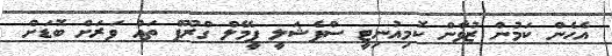
އެހެން ކަމުން ޒުވާން ކޮމިއުނިޓީ ސްޕެޝަލީ ފީމޭލް ގްރޫޕް ތައް ވަރަށް ބޮޑަށް